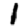
Digit: 1